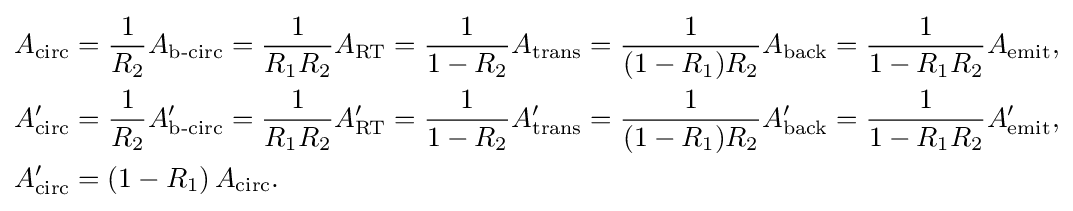
{\begin{aligned}A_{\text{circ}}&={\frac {1}{R_{2}}}A_{\text{b-circ}}={\frac {1}{R_{1}R_{2}}}A_{\text{RT}}={\frac {1}{1-R_{2}}}A_{\text{trans}}={\frac {1}{(1-R_{1})R_{2}}}A_{\text{back}}={\frac {1}{1-R_{1}R_{2}}}A_{\text{emit}},\\A_{\text{circ}}'&={\frac {1}{R_{2}}}A_{\text{b-circ}}'={\frac {1}{R_{1}R_{2}}}A_{\text{RT}}'={\frac {1}{1-R_{2}}}A_{\text{trans}}'={\frac {1}{(1-R_{1})R_{2}}}A_{\text{back}}'={\frac {1}{1-R_{1}R_{2}}}A_{\text{emit}}',\\A_{\text{circ}}'&=\left(1-R_{1}\right)A_{\text{circ}}.\end{aligned}}